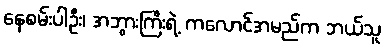
နေစမ်းပါဦး၊ အဘွားကြီးရဲ့ ကလောင်အမည်က ဘယ်သူ